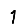
Digit: 1